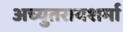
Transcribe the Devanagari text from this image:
अच्युतरायशर्मा